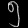
Digit: ၅